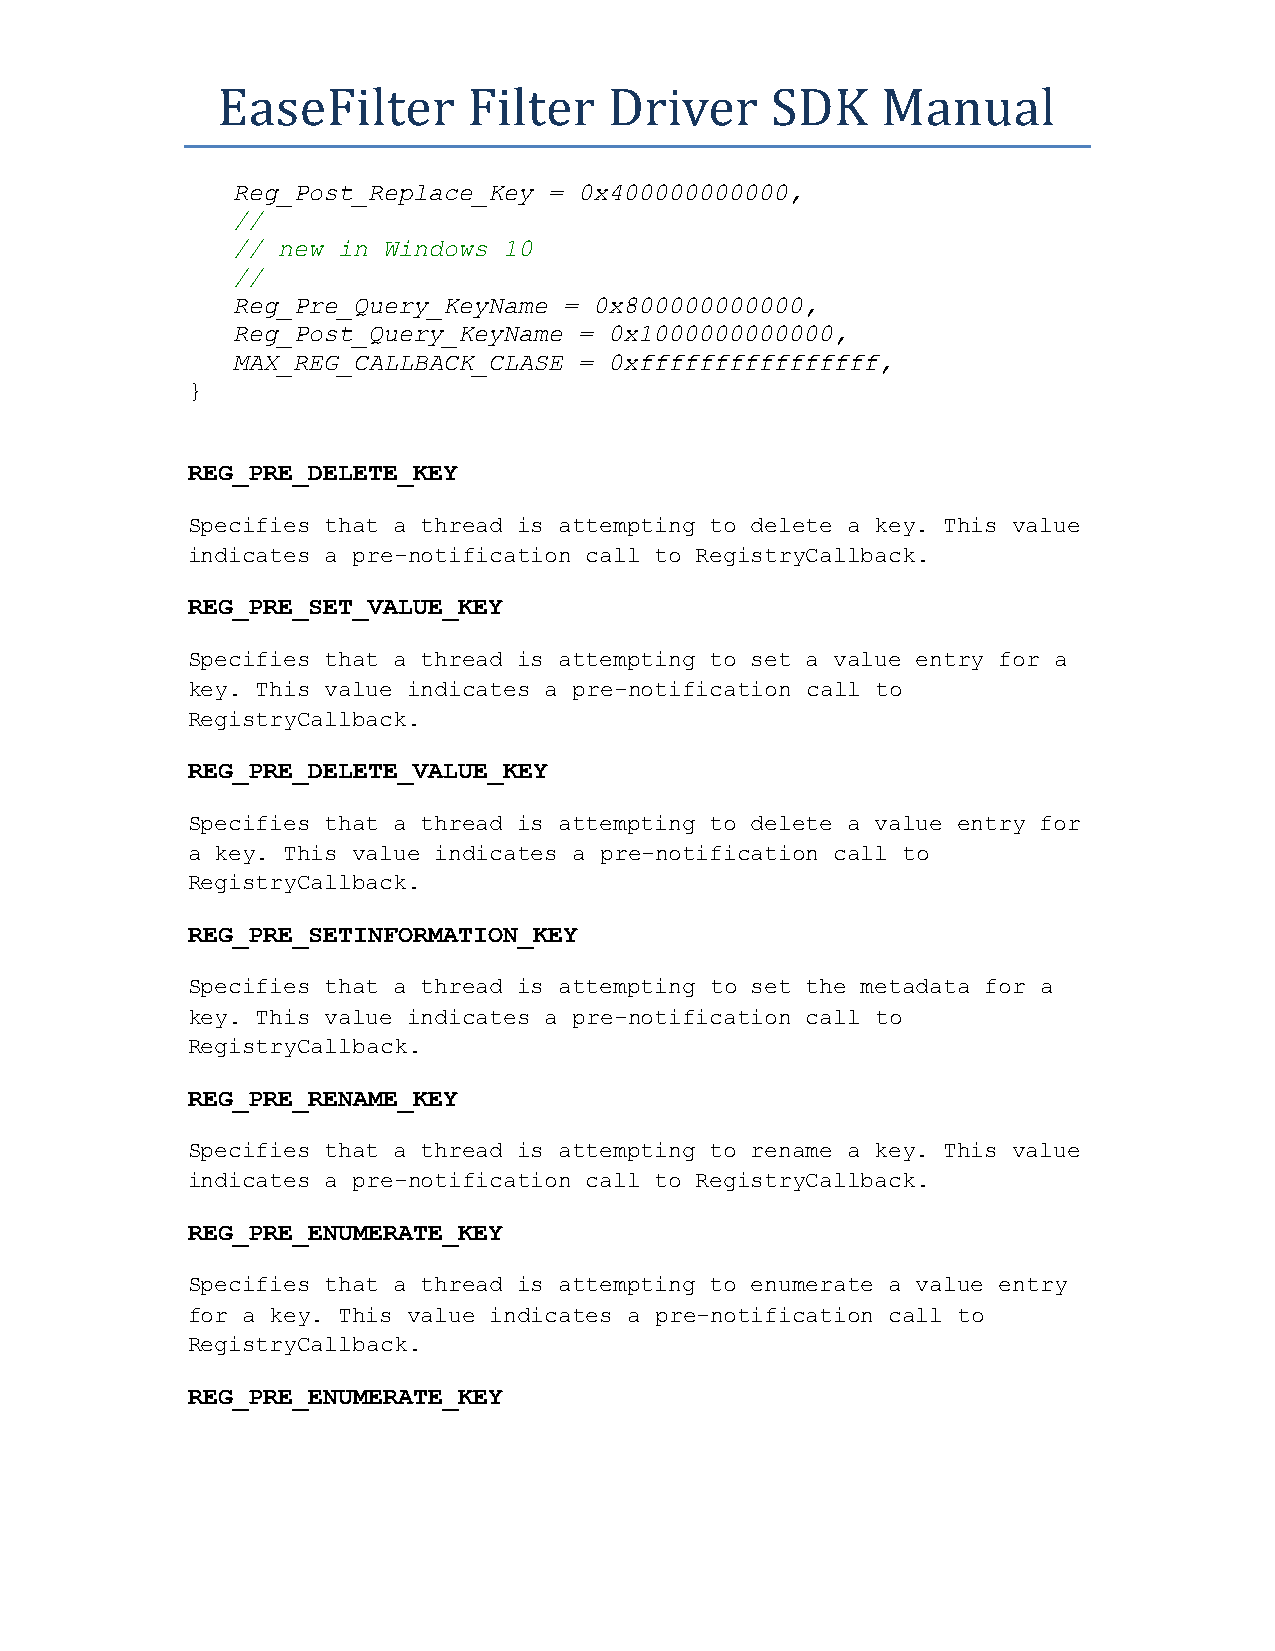
EaseFilter       Filter   Driver     SDK    Manual
 Reg_Post_Replace_Key = 0x400000000000,
 //
 // new in Windows 10
 //
 Reg_Pre_Query_KeyName = 0x800000000000,
 Reg_Post_Query_KeyName = 0x1000000000000,
 MAX_REG_CALLBACK_CLASE = 0xffffffffffffffff,
 }
 REG_PRE_DELETE_KEY
 Specifies that a thread is attempting to delete a key. This value
 indicates a pre-notification call to RegistryCallback.
 REG_PRE_SET_VALUE_KEY
 Specifies that a thread is attempting to set a value entry for a
 key. This value indicates a pre-notification call to
 RegistryCallback.
 REG_PRE_DELETE_VALUE_KEY
 Specifies that a thread is attempting to delete a value entry for
 a key. This value indicates a pre-notification call to
 RegistryCallback.
 REG_PRE_SETINFORMATION_KEY
 Specifies that a thread is attempting to set the metadata for a
 key. This value indicates a pre-notification call to
 RegistryCallback.
 REG_PRE_RENAME_KEY
 Specifies that a thread is attempting to rename a key. This value
 indicates a pre-notification call to RegistryCallback.
 REG_PRE_ENUMERATE_KEY
 Specifies that a thread is attempting to enumerate a value entry
 for a key. This value indicates a pre-notification call to
 RegistryCallback.
 REG_PRE_ENUMERATE_KEY